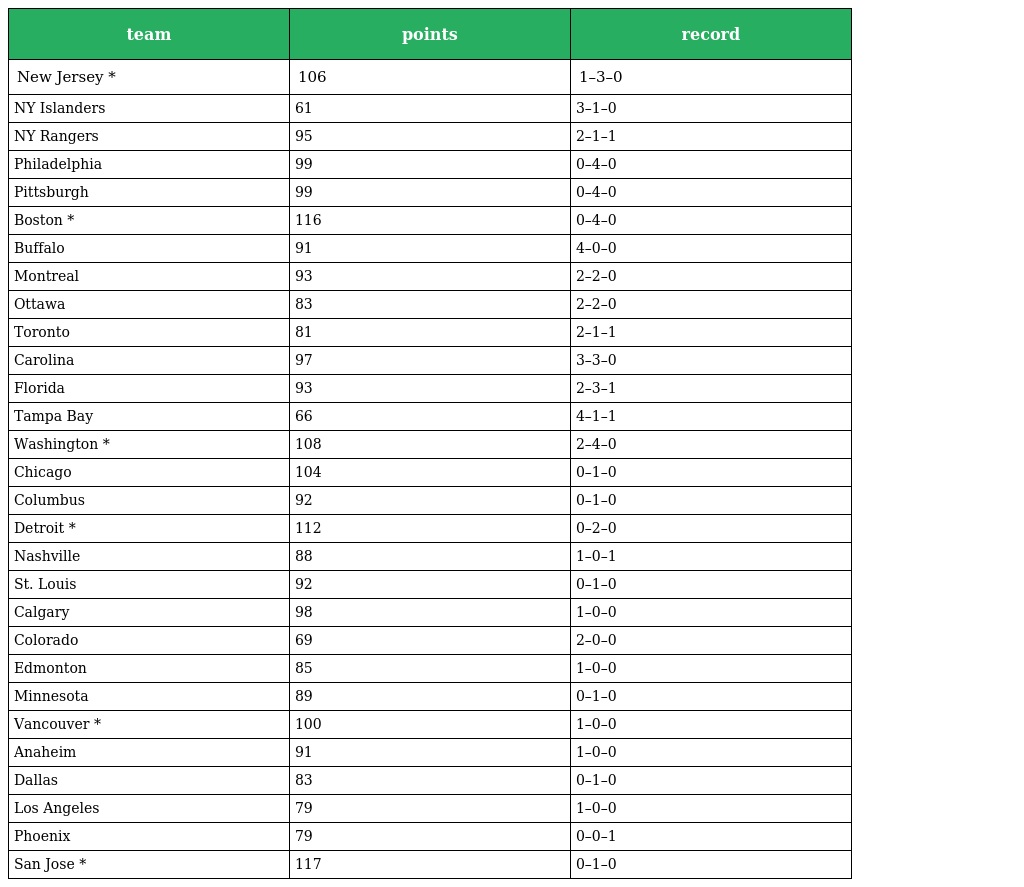
| team | points | record |
 | --- | --- | --- |
 | New Jersey * | 106 | 1–3–0 |
 | NY Islanders | 61 | 3–1–0 |
 | NY Rangers | 95 | 2–1–1 |
 | Philadelphia | 99 | 0–4–0 |
 | Pittsburgh | 99 | 0–4–0 |
 | Boston * | 116 | 0–4–0 |
 | Buffalo | 91 | 4–0–0 |
 | Montreal | 93 | 2–2–0 |
 | Ottawa | 83 | 2–2–0 |
 | Toronto | 81 | 2–1–1 |
 | Carolina | 97 | 3–3–0 |
 | Florida | 93 | 2–3–1 |
 | Tampa Bay | 66 | 4–1–1 |
 | Washington * | 108 | 2–4–0 |
 | Chicago | 104 | 0–1–0 |
 | Columbus | 92 | 0–1–0 |
 | Detroit * | 112 | 0–2–0 |
 | Nashville | 88 | 1–0–1 |
 | St. Louis | 92 | 0–1–0 |
 | Calgary | 98 | 1–0–0 |
 | Colorado | 69 | 2–0–0 |
 | Edmonton | 85 | 1–0–0 |
 | Minnesota | 89 | 0–1–0 |
 | Vancouver * | 100 | 1–0–0 |
 | Anaheim | 91 | 1–0–0 |
 | Dallas | 83 | 0–1–0 |
 | Los Angeles | 79 | 1–0–0 |
 | Phoenix | 79 | 0–0–1 |
 | San Jose * | 117 | 0–1–0 |